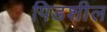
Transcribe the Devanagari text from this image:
पिडशील